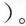
)。